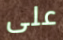
على